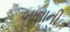
બાવાની